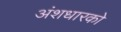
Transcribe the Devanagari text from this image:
अंशधारको